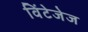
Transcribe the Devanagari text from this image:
विंटेजेज